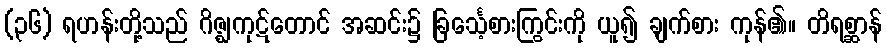
(၃၆) ရဟန်းတို့သည် ဂိဇ္ဈကုဋ်တောင် အဆင်း၌ ခြင်္သေ့စားကြွင်းကို ယူ၍ ချက်စား ကုန်၏။ တိရစ္ဆာန်